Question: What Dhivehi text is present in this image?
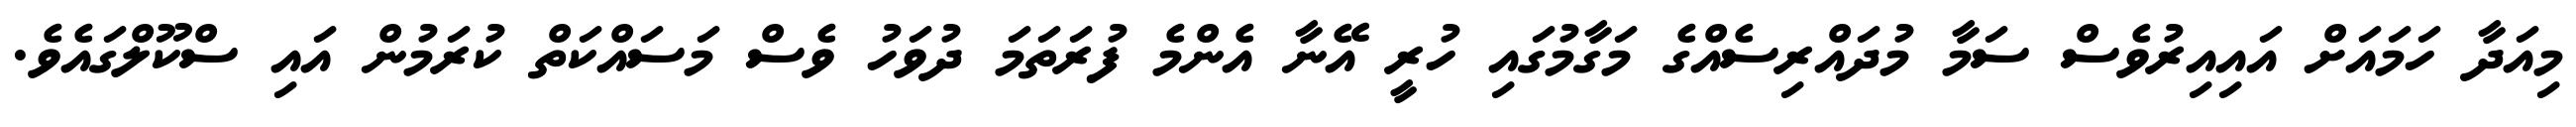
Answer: މިއަދާ ހަމައަށް އައިއިރުވެސް ސަމާ މުދައްރިސެއްގެ މަގާމުގައި ހުރީ އޭނާ އެންމެ ފުރަތަމަ ދުވަހު ވެސް މަސައްކަތް ކުރަމުން އައި ސްކޫލްގައެވެ.